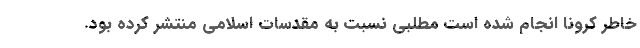
خاطر کرونا انجام شده است مطلبی نسبت به مقدسات اسلامی منتشر کرده بود.